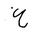
Letter: _gayn